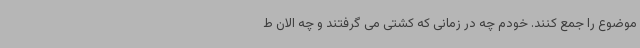
موضوع را جمع کنند. خودم چه در زمانی که کشتی می گرفتند و چه الان ط